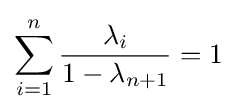
\sum _{i=1}^{n}{\frac {\lambda _{i}}{1-\lambda _{n+1}}}=1